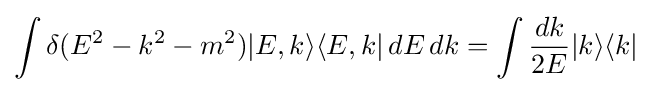
\int \delta (E^{2}-k^{2}-m^{2})|E,k\rangle \langle E,k|\,dE\,dk=\int {dk \over 2E}|k\rangle \langle k|